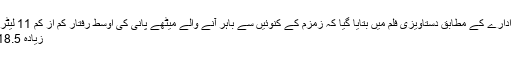
غیرملکی خبررساں ادارے کے مطابق دستاویزی فلم میں بتایا گیا کہ زمزم کے کنوئیں سے باہر آنے والے میٹھے پانی کی اوسط رفتار کم از کم 11 لیٹر فی سیکنڈ اور زیادہ
زیادہ 18.5 لیٹر فی سیکنڈ ہے۔